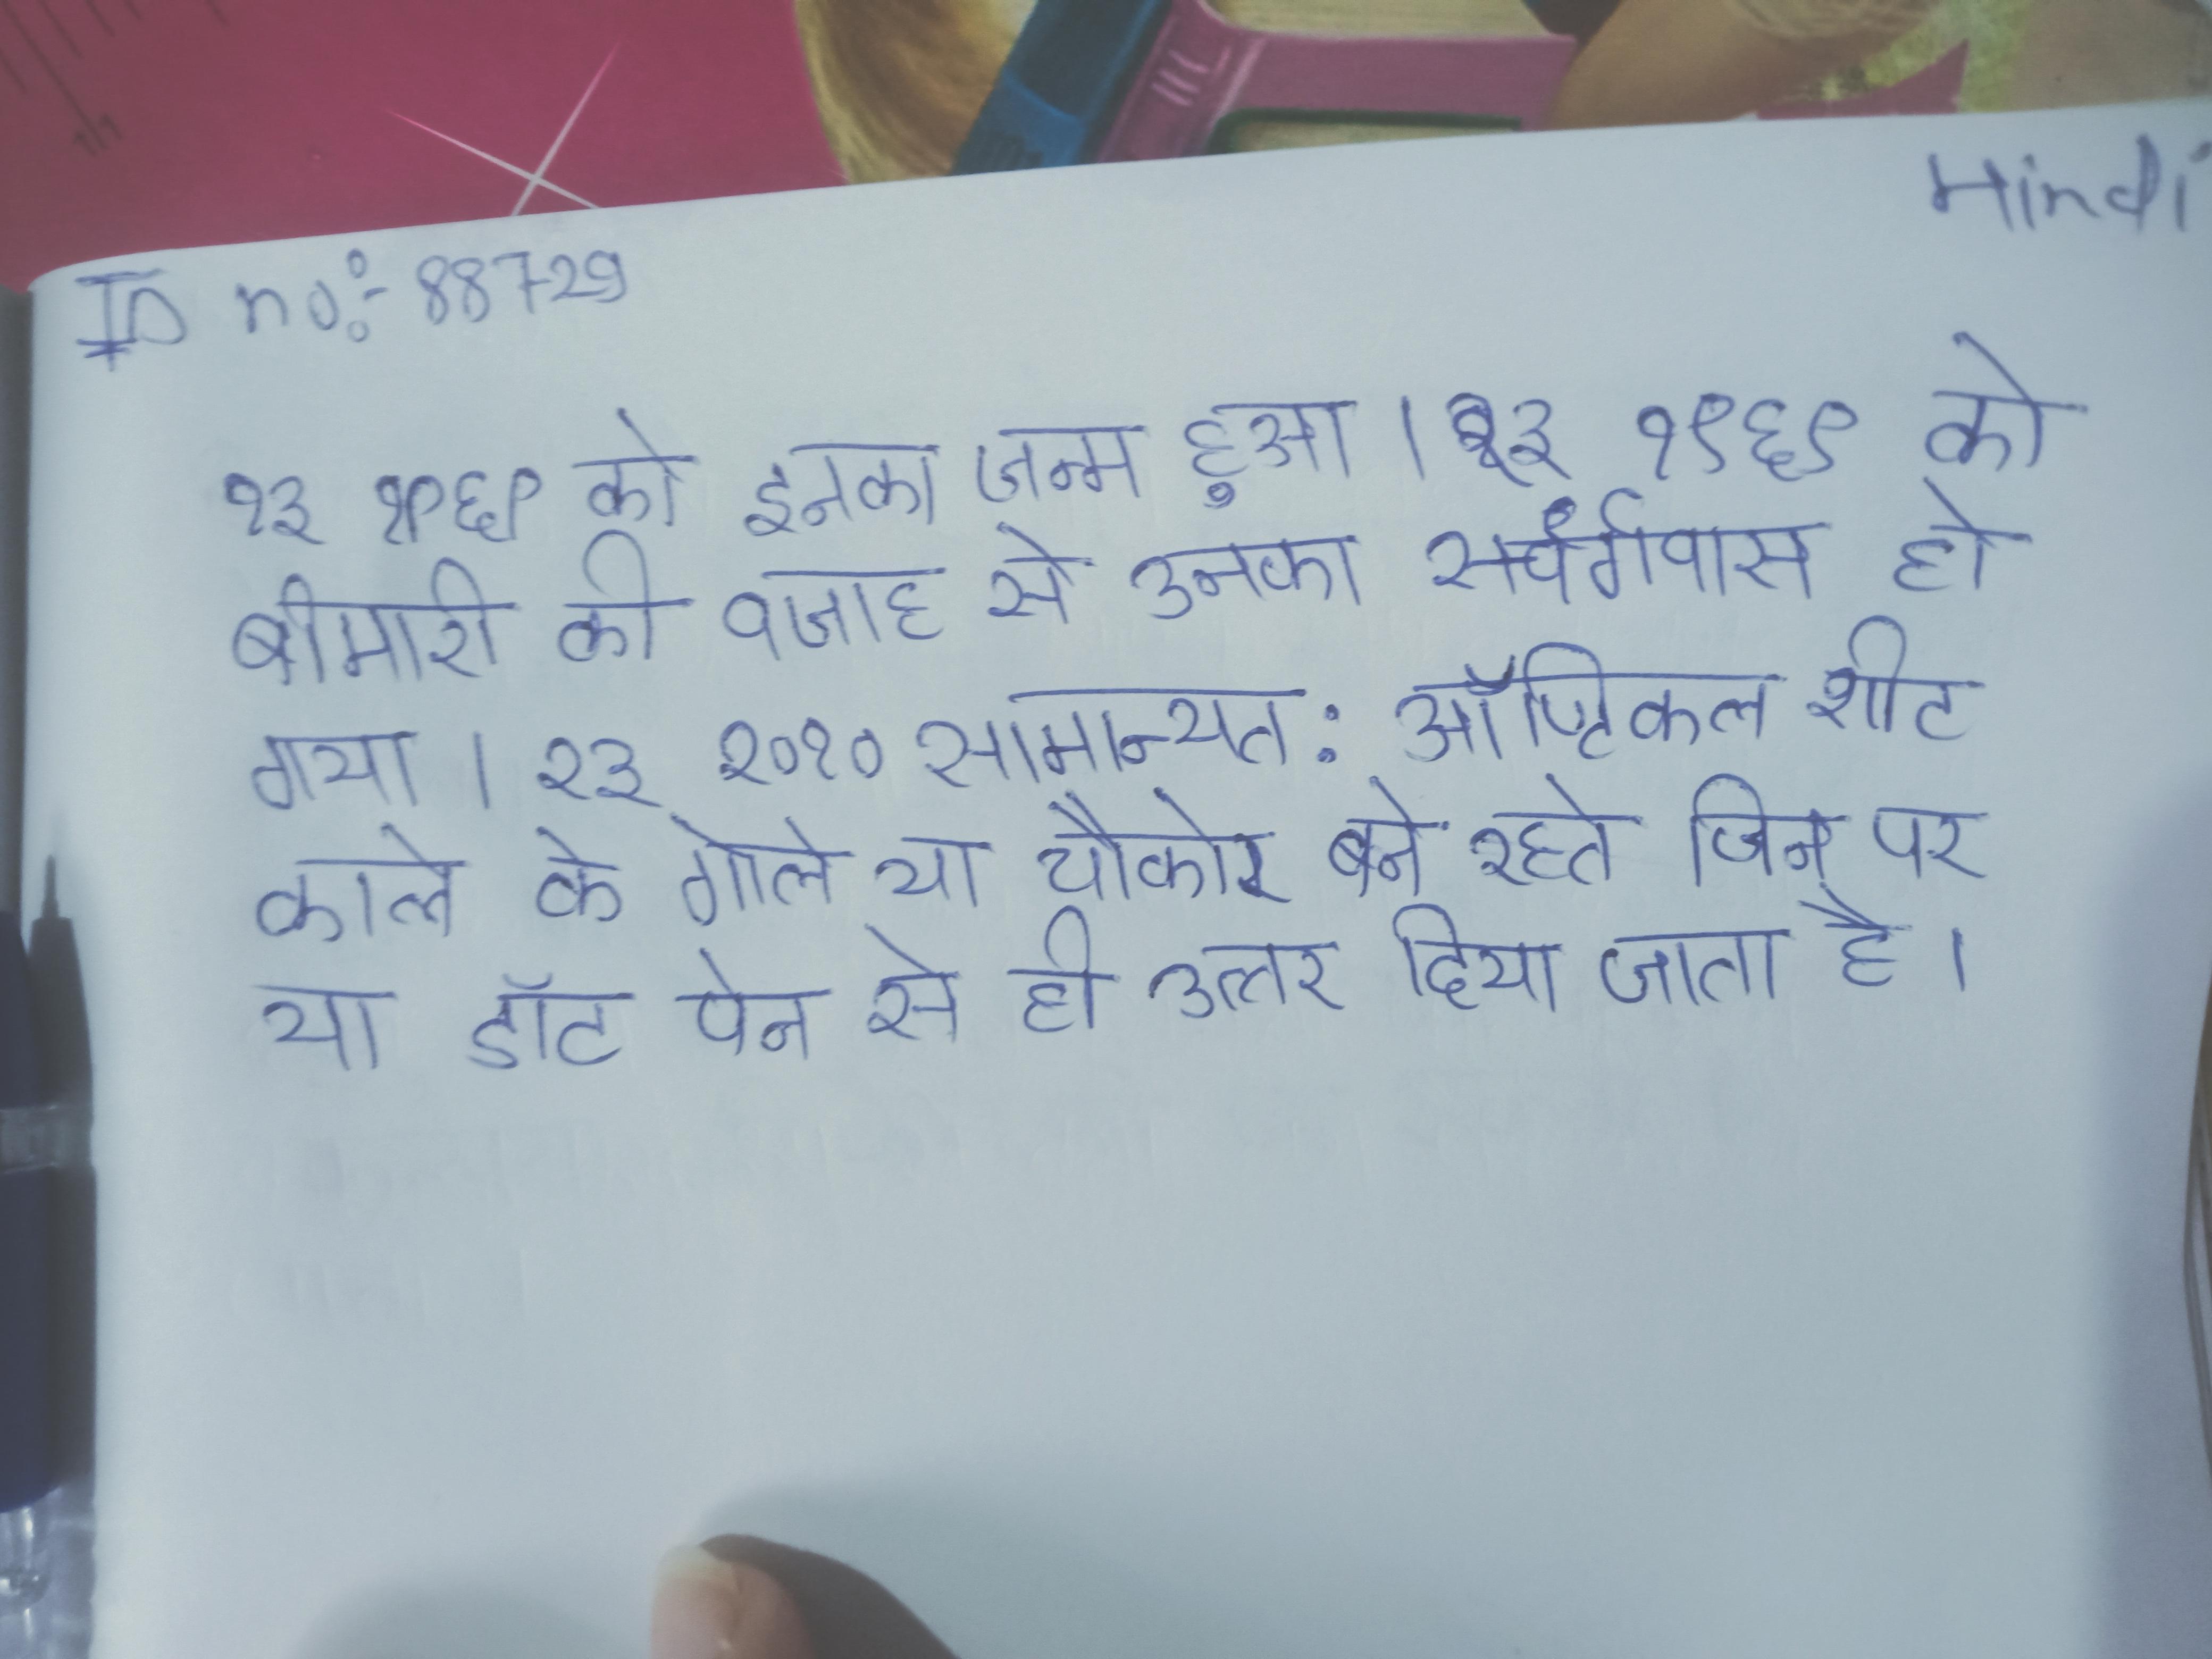
२३ १९६९ को इनका जन्म हुआ । २३ १९६९ को बीमारी की वजह से उनका स्वर्गवास हो गया । २३ २०१० सामान्यत: ऑप्टिकल शीट काले के गोले या चौकोर बने रहते जिन पर या डॉट-पेन से ही उत्तर दिया जाता है ।